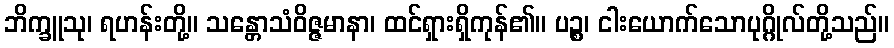
ဘိက္ခူသု၊ ရဟန်းတို့။ သန္တောသံဝိဇ္ဇမာနာ၊ ထင်ရှားရှိကုန်၏။ ပဉ္စ၊ ငါးယောက်သောပုဂ္ဂိုလ်တို့သည်။